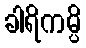
ခါရိကမ္ပိ